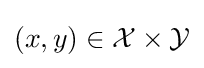
(x,y)\in {\mathcal {X}}\times {\mathcal {Y}}